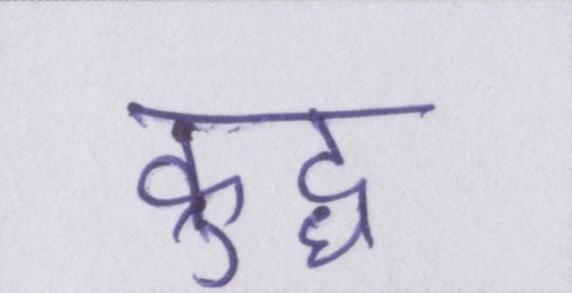
क्रुद्ध